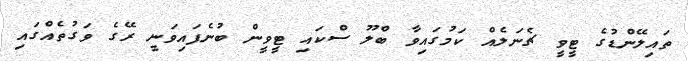
ތައިލޭންޑުގެ ޓީވީ ޗެނަލެއް ކަމުގައިވާ ބްލޫ ސްކައި ޓީވީން ބުނެފައިވަނީ ރޭގެ ވަގުތެއްގައި